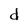
Character: d